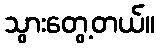
သွားတွေ့တယ်။